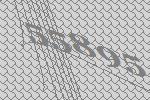
55895